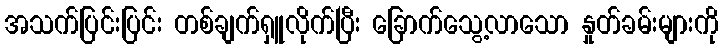
အသက်ပြင်းပြင်း တစ်ချက်ရှူလိုက်ပြီး ခြောက်သွေ့လာသော နှုတ်ခမ်းများကို